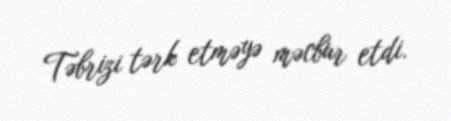
Təbrizi tərk etməyə məcbur etdi.